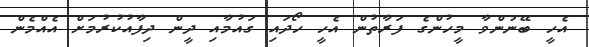
އެހީ ބޭނުންވާ މީހުންގެ ފަރާތުން އެހީ ހޯދައި ގައުމާއި ދީން ދިފާއުކުރުމަށް އެއްމެން